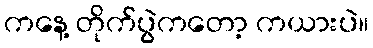
ကနေ့ တိုက်ပွဲကတော့ ကယားပဲ။